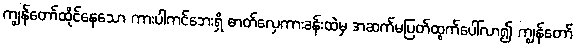
ကျွန်တော်ထိုင်နေသော ကားပါကင်ဘေးရှိ ဓာတ်လှေကားခန်းထဲမှ အဆက်မပြတ်ထွက်ပေါ်လာ၍ ကျွန်တော်